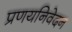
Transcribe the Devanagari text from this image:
प्रणयनिवेदन